Report of the King Institute of Preventive Medicine, Guindy
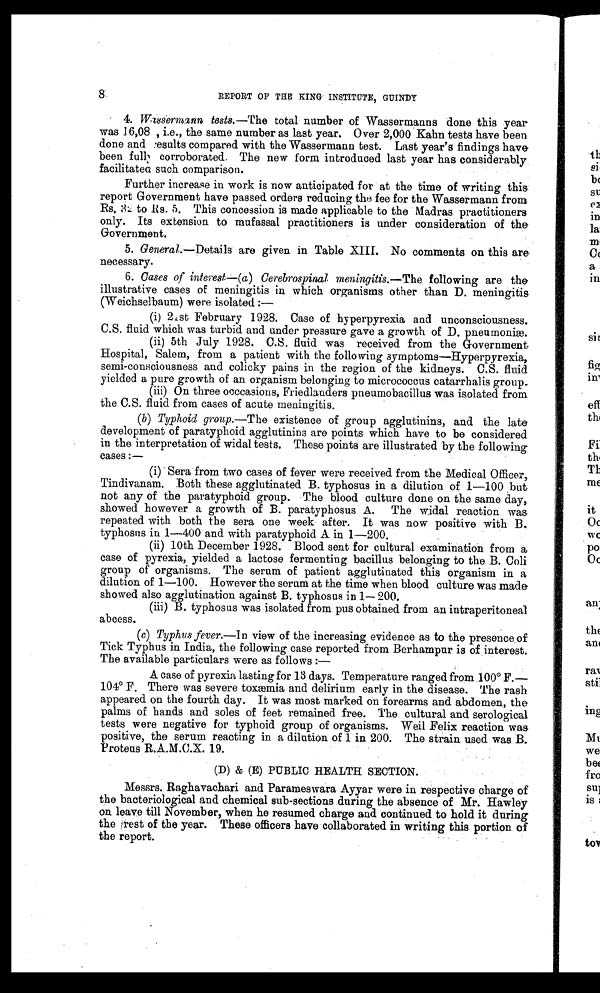
8
REPORT OF THE KING INSTITUTE, GUINDY
4. Wassermann tests.—The total number of Wassermanns done this year
was 16,08 , i.e., the same number as last year. Over 2,000 Kahn tests have been
done and results compared with the Wassermann test. Last year's findings have
b e e n f u l l y c o r r o b o r a t e d . T h e n e w f o r m i n t r o d u c e d l a s t y e a r h a s c o n s i d e r a b l y
facilitatea such comparison.
Further increase in work is now anticipated for at the time of writing this,
report Government have passed orders reducing the fee for the Wassermann from
R s . 3 2 t o R s . 5 . T h i s c o n c e s s i o n i s m a d e a p p l i c a b l e t o t h e M a d r a s p r a c t i t i o n e r s
only. Its extension to mufassal practitioners is under consideration of the
Government.
5. General.—Details are given in Table XIII. No comments on this are
necessary.
6. Cases of interest— (a) Cerebrospinal meningitis.— The following are the
illustrative cases of meningitis in which organisms other than D. meningitis
(Weichselbaum) were isolated :—
(i) 21st February 1928. Case of hyperpyrexia and unconsciousness.
C.S. fluid which was turbid and under pressure gave a growth of D. pneumoniæ.
(ii) 5th July 1928. C.S. fluid was received from the Government,
Hospital, Salem, from a patient with the following symptoms—Hyperpyrexia,
semi-consciousness and colicky pains in the region of the kidneys. C.S. fluid
yielded a pure growth of an organism belonging to micrococcus catarrhalis group.
(iii) On three occcasions, Friedlanders pneumobacillus was isolated from
the C.S. fluid from cases of acute meningitis.
(b ) Typhoid group.—The existence of group agglutinins, and the late
development of paratyphoid agglutinins are points which have to be considered
in the interpretation of widal tests. These points are illustrated by the following
cases:—
(i) Sera from two cases of fever were received from the Medical Officer,
Tindivanam. Both these agglutinated B. typhosus in a dilution of 1—100 but
not any of the paratyphoid group. The blood culture done on the same day,
showed however a growth of B. paratyphosus A. The widal reaction was
repeated with both the sera one week after. It was now positive with B.
typhosus in 1—400 and with paratyphoid A in 1—200.
(ii) 10th December 1928. Blood sent for cultural examination from a
case of pyrexia, yielded a lactose fermenting bacillus belonging to the B. Coli
group of organisms. The serum of patient agglutinated this organism in a
dilution of 1—100. However the serum at the time when blood culture was made
showed also agglutination against B. typhosus in 1— 200.
(iii) B. typhosus was isolated from pus obtained from an intraperitoneal
abcess.
(c) Typhus fever.— In view of the increasing evidence as to the presence of
Tick Typhus in India, the following case reported from Berhampur is of interest.
The available particulars were as follows :
—
A. case of pyrexia lasting for 13 days Temperature ranged from 100° F.
— 1 0 4°F
. T h e r e w a s s e v e r e t o x æ m i a a n d d e l i r i u m e a r l y i n t h e d i s e a s e . T h e r a s h
appeared on the fourth day. It was most marked on forearms and abdomen, the
palms of hands and soles of feet remained free. The cultural and serological
tests were negative for typhoid group of organisms. Weil Felix reaction was
positive, the serum reacting in a dilution of 1 in 200. The strain used was B.
Protons R.A.M.C.X. 19.
(D) & (E) PUBLIC HEALTH SECTION.
Messrs. Raghavachari and Parameswara Ayyar were in respective charge of
the bacteriological and chemical sub-sections during the absence of Mr. Hawley
on. leave till November, when he resumed charge and continued to hold it during
the rest of the year. These officers have collaborated in writing this portion of
the report.